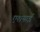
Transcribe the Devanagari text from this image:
एशयाई